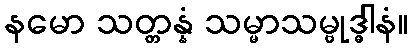
နမော သတ္တန္နံ သမ္မာသမ္ဗုဒ္ဓါနံ။